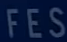
FES